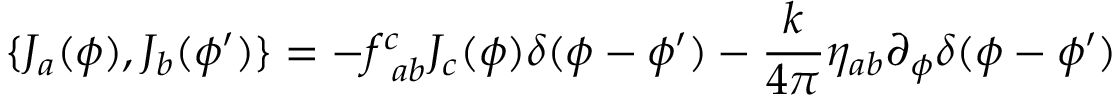
\{ J _ { a } ( \phi ) , J _ { b } ( \phi ^ { \prime } ) \} = - f _ { ~ a b } ^ { c } J _ { c } ( \phi ) \delta ( \phi - \phi ^ { \prime } ) - \frac { k } { 4 \pi } \eta _ { a b } \partial _ { \phi } \delta ( \phi - \phi ^ { \prime } )